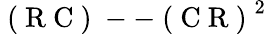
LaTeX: \mathrm{~(~R~C~)~--~(~C~R~)~}^{2}